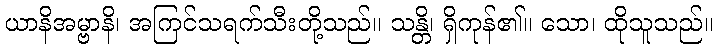
ယာနိအမ္ဗာနိ၊ အကြင်သရက်သီးတို့သည်။ သန္တိ၊ ရှိကုန်၏။ သော၊ ထိုသူသည်။